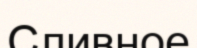
Сливное